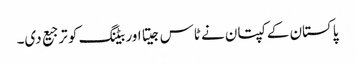
پاکستان کے کپتان نے ٹاس جیتا اور بیٹنگ کو ترجیع دی۔